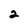
Character: 2